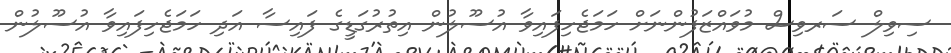
ސިވިލް ސަރވިސް މުވައްޒަފުންނަށް ހަމަޖެހިފައިވާ އުސޫލުން އިތުރުގަޑީގެ ފައިސާ އަދި ހަމަޖެހިފައިވާ އުސޫލުން